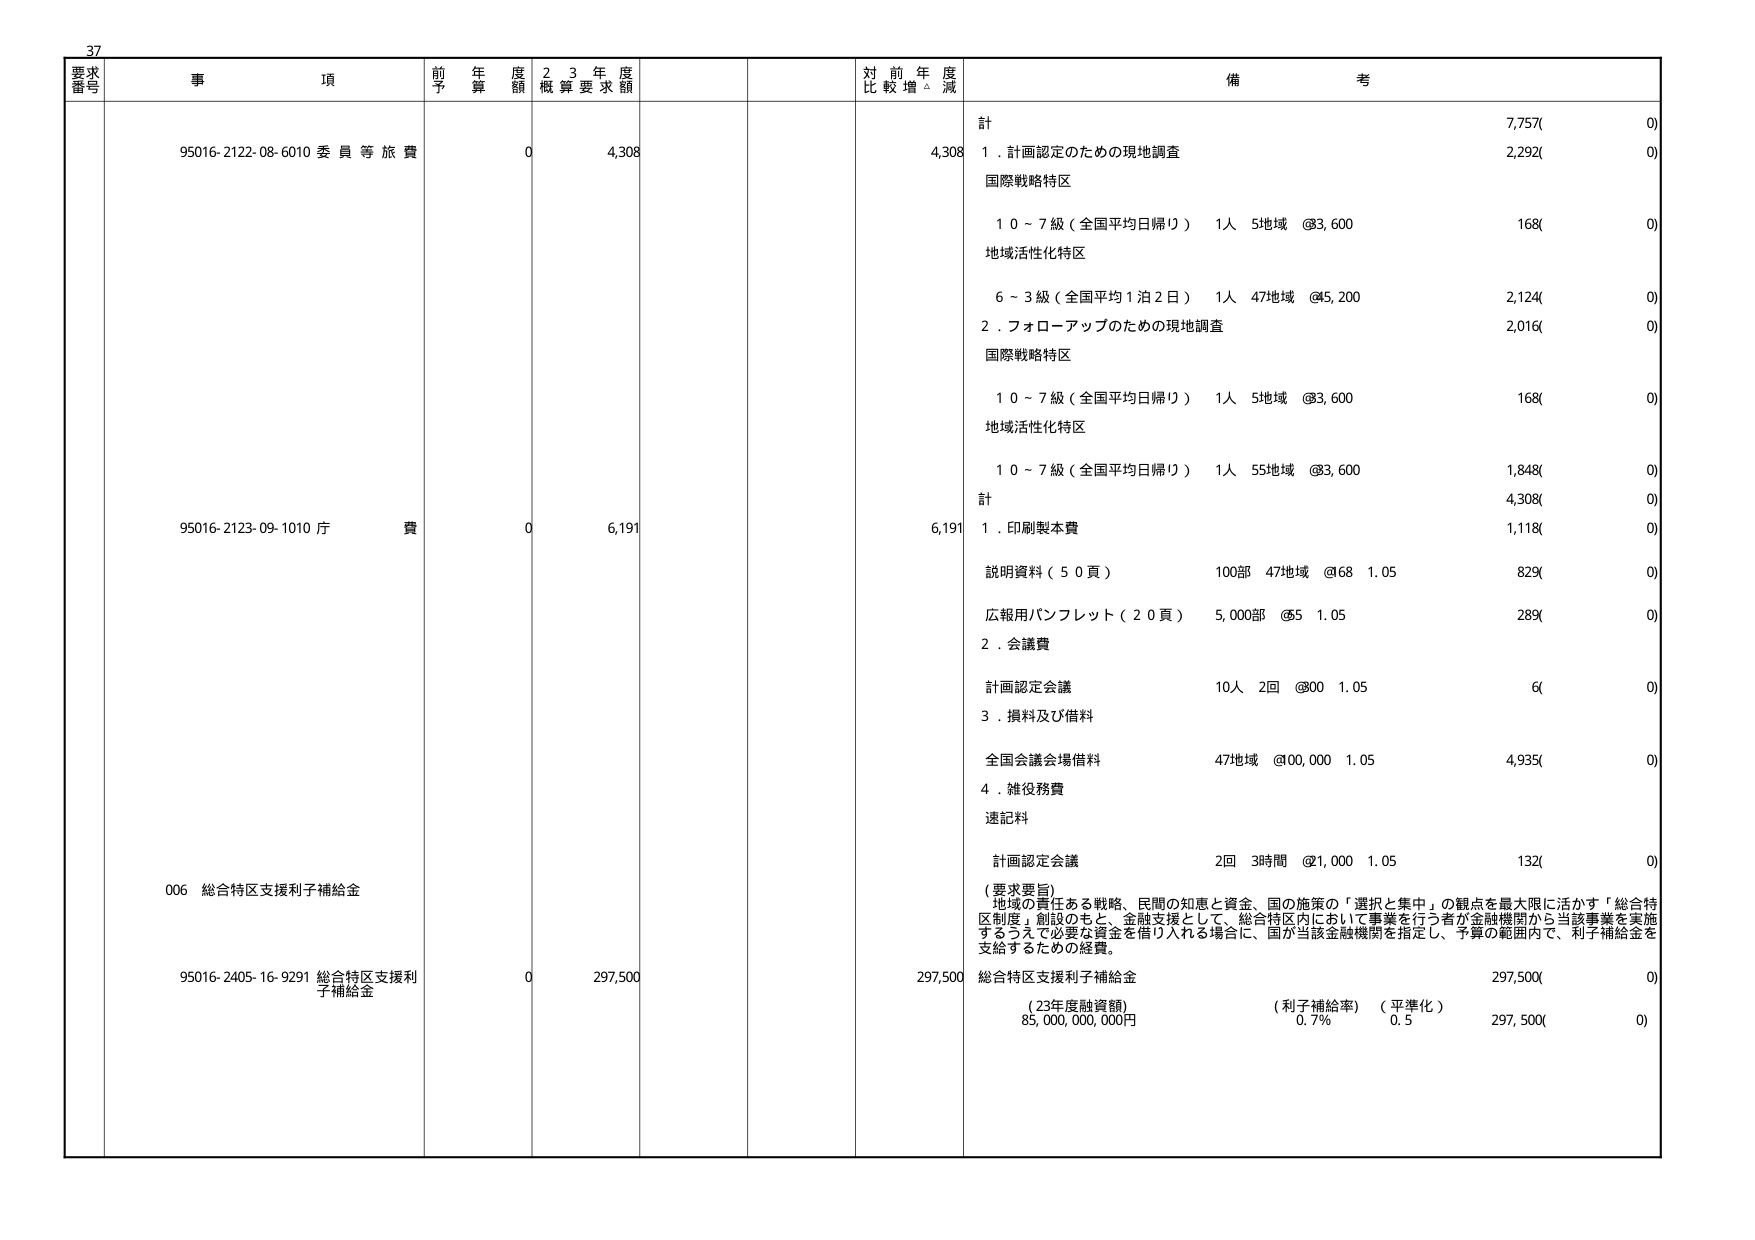
37
要求番号 事項 前年度予算額 2・3年度概算要求額 対前年度比較増△減 備考
95016-2122-08-6010 委員等旅費 0 4,308 4,308 計 7,757(0)
1．計画認定のための現地調査 2,292(0)
国際戦略特区
10～7級（全国平均日帰り） 1人 5地域 @83,600 168(0)
地域活性化特区
6～3級（全国平均1泊2日） 1人 47地域 @45,200 2,124(0)
2．フォローアップのための現地調査 2,016(0)
国際戦略特区
10～7級（全国平均日帰り） 1人 5地域 @83,600 168(0)
地域活性化特区
10～7級（全国平均日帰り） 1人 55地域 @83,600 1,848(0)
計 4,308(0)
95016-2123-09-1010 庁費 0 6,191 6,191 1．印刷製本費 1,118(0)
説明資料（50頁） 100部 47地域 @68 1.05 829(0)
広報用パンフレット（20頁） 5,000部 @5 1.05 289(0)
2．会議費
計画認定会議 10人 2回 @800 1.05 6(0)
3．損料及び借料
全国会議会場借料 47地域 @100,000 1.05 4,935(0)
4．雑役務費
速記料
計画認定会議 2回 3時間 @1,000 1.05 132(0)
006 総合特区支援利子補給金
（要求要旨）
地域の責任ある戦略、民間の知恵と資金、国の施策の「選択と集中」の観点を最大限に活かす「総合特区制度」創設のもと、金融支援として、総合特区内において事業を行う者が金融機関から当該事業を実施するうえで必要な資金を借り入れる場合に、国が当該金融機関を指定し、予算の範囲内で、利子補給金を支給するための経費。
95016-2405-16-9291 総合特区支援利子補給金 0 297,500 297,500 総合特区支援利子補給金 297,500(0)
（23年度融資額） 85,000,000,000円 （利子補給率） 0.7% （平準化） 0.5 297,500(0)